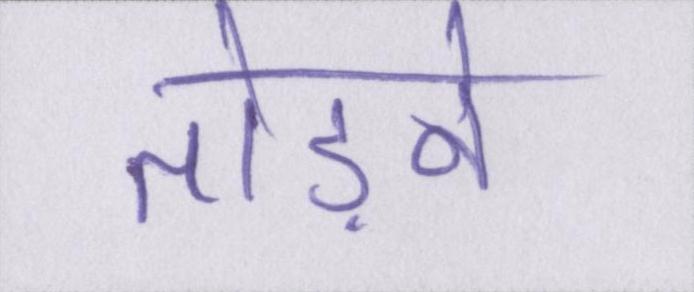
तोड़ने